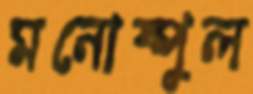
মনোষ্পুল